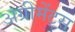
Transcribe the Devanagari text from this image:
अग्रीमेंट्स